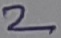
Text: 2